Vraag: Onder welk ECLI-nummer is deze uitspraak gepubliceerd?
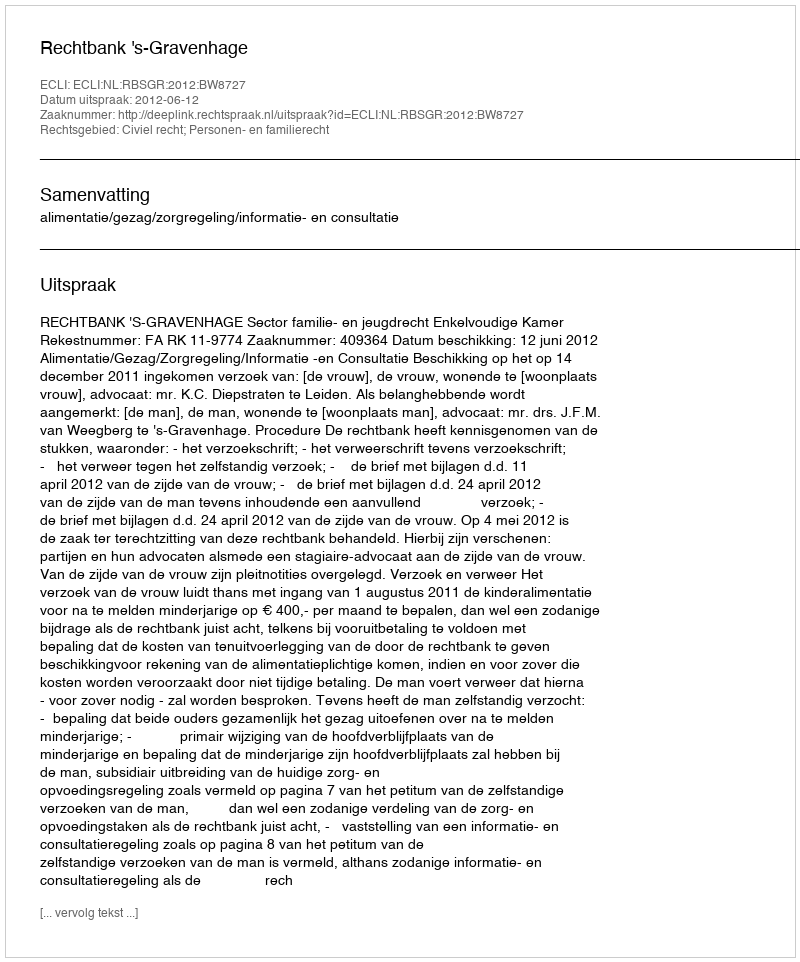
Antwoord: ECLI:NL:RBSGR:2012:BW8727